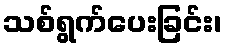
သစ်ရွက်ပေးခြင်း၊